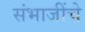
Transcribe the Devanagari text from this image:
संभाजींचे